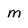
Character: m